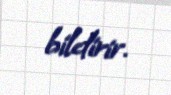
bildirir.